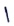
Text: 1